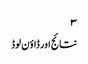
۳
نتائج اور ڈاؤن لوڈ